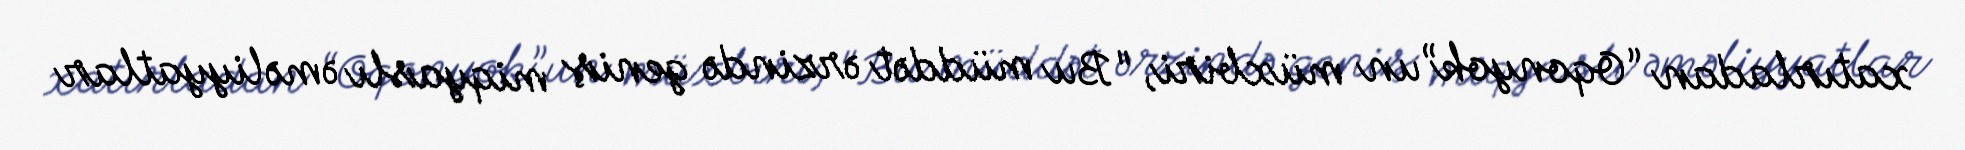
xatırladan “Oqonyok”un müxbiri, "Bu müddət ərzində geniş miqyaslı əməliyyatlar